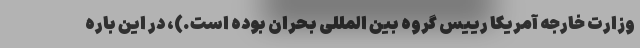
وزارت خارجه آمریکا رییس گروه بین المللی بحران بوده است.)، در این باره